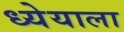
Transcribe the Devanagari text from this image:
ध्येयाला